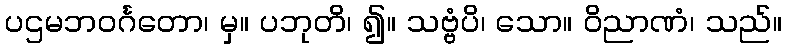
ပဌမဘဝင်္ဂတော၊ မှ။ ပဘုတိ၊ ၍။ သဗ္ဗံပိ၊ သော။ ဝိညာဏံ၊ သည်။